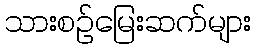
သားစဉ်မြေးဆက်များ